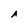
Character: A